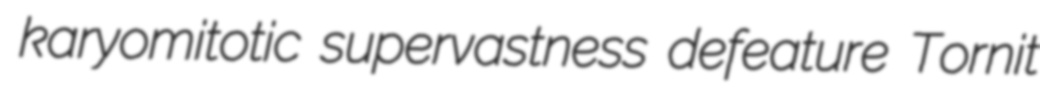
karyomitotic supervastness defeature Tornit